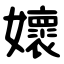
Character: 㜳